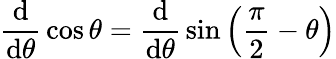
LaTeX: {\frac{\operatorname{d}}{\operatorname{d}\! \theta}}\cos\theta={\frac{\operatorname{d}}{\operatorname{d}\! \theta}}\sin\left({\frac{\pi}{2}}-\theta\right)